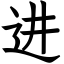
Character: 进